Insane asylums in Bengal annual reports 1876-1887 - 1876-1887
Year: 1876
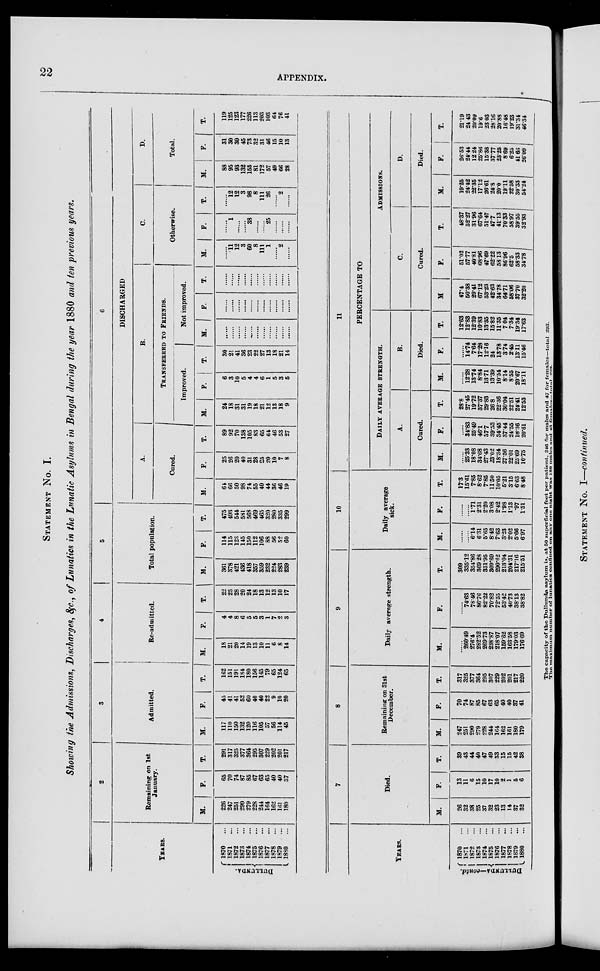
22
APPENDIX.
STATEMENT No. I.
Showing the Admissions, Discharges, &c., of Lunatics in the Lunatic Asylums in Bengal during the year 1880 and ten previous years.
YEARS.
DULLUNDA.
1870 ...
1871 ...
1872 ...
1873 ...
1874
...
1875
...
1876 ...
1877 ...
1878 ...
1879 ...
1880 ...
2
Remaining on 1st
January.
M.
226
247
251
290
279
228
244
164
162
161
180
F.
65
70
74
87
85
67
63
65
40
40
37
T.
291
317
325
377
364
295
307
229
202
201
217
3
Admitted.
M.
117
110
150
132
120
116
105
57
56
114
45
F.
45
41
41
52
60
40
40
22
9
10
20
T.
162
151
191
184
180
156
145
79
65
124
65
4
Re-admitted.
M.
18
21
20
14
19
13
10
11
6
8
14
F.
4
4
8
6
5
5
3
1
7
2
3
T.
22
25
28
20
24
18
13
12
13
10
17
5
Total population.
M.
361
378
421
436
418
357
359
232
224
283
239
F.
114
115
123
145
150
112
106
88
56
52
60
T.
475
493
544
581
568
469
465
320
280
335
299
6
DISCHARGED
A.
Cured.
M.
64
66
50
98
74
55
40
44
36
46
19
F.
25
26
20
40
31
28
25
20
10
7
8
T.
89
92
70
138
105
83
65
64
46
53
27
B.
TRANSFERRED TO FRIENDS.
Improved.
M.
24
18
31
31
19
18
21
12
13
18
9
F.
6
3
10
5
4
4
6
1
5
3
5
T.
30
21
41
36
23
22
27
13
18
21
14
Not improved.
M.
......
......
......
......
......
......
......
......
......
......
......
F.
......
......
......
......
......
......
......
......
......
......
......
T.
......
......
......
......
......
......
......
......
......
......
......
C.
Otherwise.
M.
......
11
12
3
60
8
111
1
......
2
......
F.
......
1
......
......
38
......
......
25
......
......
......
T.
......
12
12
3
98
8
111
26
......
2
......
D.
Total.
M.
88
95
93
132
153
81
172
57
49
66
28
F.
31
30
30
45
73
32
31
46
15
10
13
T.
119
125
123
177
226
113
203
103
64
76
41
YEARS.
DULLUNDA—contd.
1870 ...
1871 ...
1872 ...
1873 ...
1874
...
1875 ...
1876 ...
1877
...
1878 ...
1879 ...
1880 ...
7
Died.
M.
26
32
38
25
37
32
23
13
14
37
32
F.
13
11
6
15
10
17
10
2
1
5
6
T.
39
43
44
40
47
49
33
15
15
42
38
8
Remaining on 31st
December.
M.
247
251
290
279
228
244
164
162
161
180
179
F.
70
74
87
85
67
63
65
40
40
37
41
T.
317
325
377
364
295
307
229
202
201
217
220
9
Daily average strength.
M.
......
260.49
276.4
282.52
269.73
238.87
218.07
159.62
163.58
179.03
176.69
F.
......
74.63
78.46
86.76
82.22
70.82
72.55
53.42
40.73
38.13
38.82
T.
309
335.12
354.86
369.28
351.95
309.69
290.62
213.04
204.31
217.16
215.51
10
Daily average
sick.
M.
......
......
6.14
6.31
5.65
8.42
7.63
3.23
2.02
5.66
6.97
F.
......
......
1.71
2.31
2.20
3.08
2.42
1.98
1.13
.97
1.51
T.
17.3
15.61
7.85
8.62
7.85
11.50
10.05
5.21
3.15
6.63
8.48
11
PERCENTAGE TO
DAILY AVERAGE STRENGTH.
A.
Cured.
M.
......
25.33
18.08
34.68
27.43
23.02
18.34
27.56
22.01
25.69
10.75
F.
......
34.83
25.49
46.1
37.7
39.53
34.45
37.44
24.55
18.36
20.61
T.
28.8
27.45
19.72
37.37
29.83
26.8
22.36
30.04
22.51
24.41
12.53
B.
Died.
M.
......
12.28
13.74
8.84
13.71
13.39
10.54
8.14
8.55
20.67
18.11
F.
......
14.74
7.64
17.28
12.16
24
13.78
3.74
2.45
13.11
15.46
T.
12.63
12.83
12.39
10.83
13.35
15.82
11.35
7.04
7.34
19.34
17.63
ADMISSIONS.
C.
Cured.
M
47.4
50.38
29.41
67.12
53.23
42.63
34.78
64.71
58.06
37.70
32.20
F.
51.02
57.77
40.81
68.96
47.69
62.22
58.13
86.96
62.5
58.33
34.78
T.
48.37
52.27
31.96
67.64
51.47
47.7
41.13
70.33
58.97
39.55
32.93
D.
Died.
M.
19.25
24.42
22.35
17.12
26.61
24.8
20.0
19.11
22.58
30.33
54.24
F.
26.53
24.44
12.24
25.86
15.38
37.77
23.25
8.69
6.25
41.66
26.09
T.
21.19
24.43
20.09
19.6
23.03
28.16
20.88
16.48
19.23
31.34
46.34
The capacity of the Dullunda, asylum is, at 50 superficial feet per patient, 246 for males and 47 for females—total 293.
The maximum number of lunatics confined on any one night was 180 males and 43 females—total 223.